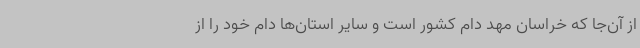
از آن‌جا که خراسان مهد دام کشور است و سایر استان‌ها دام خود را از